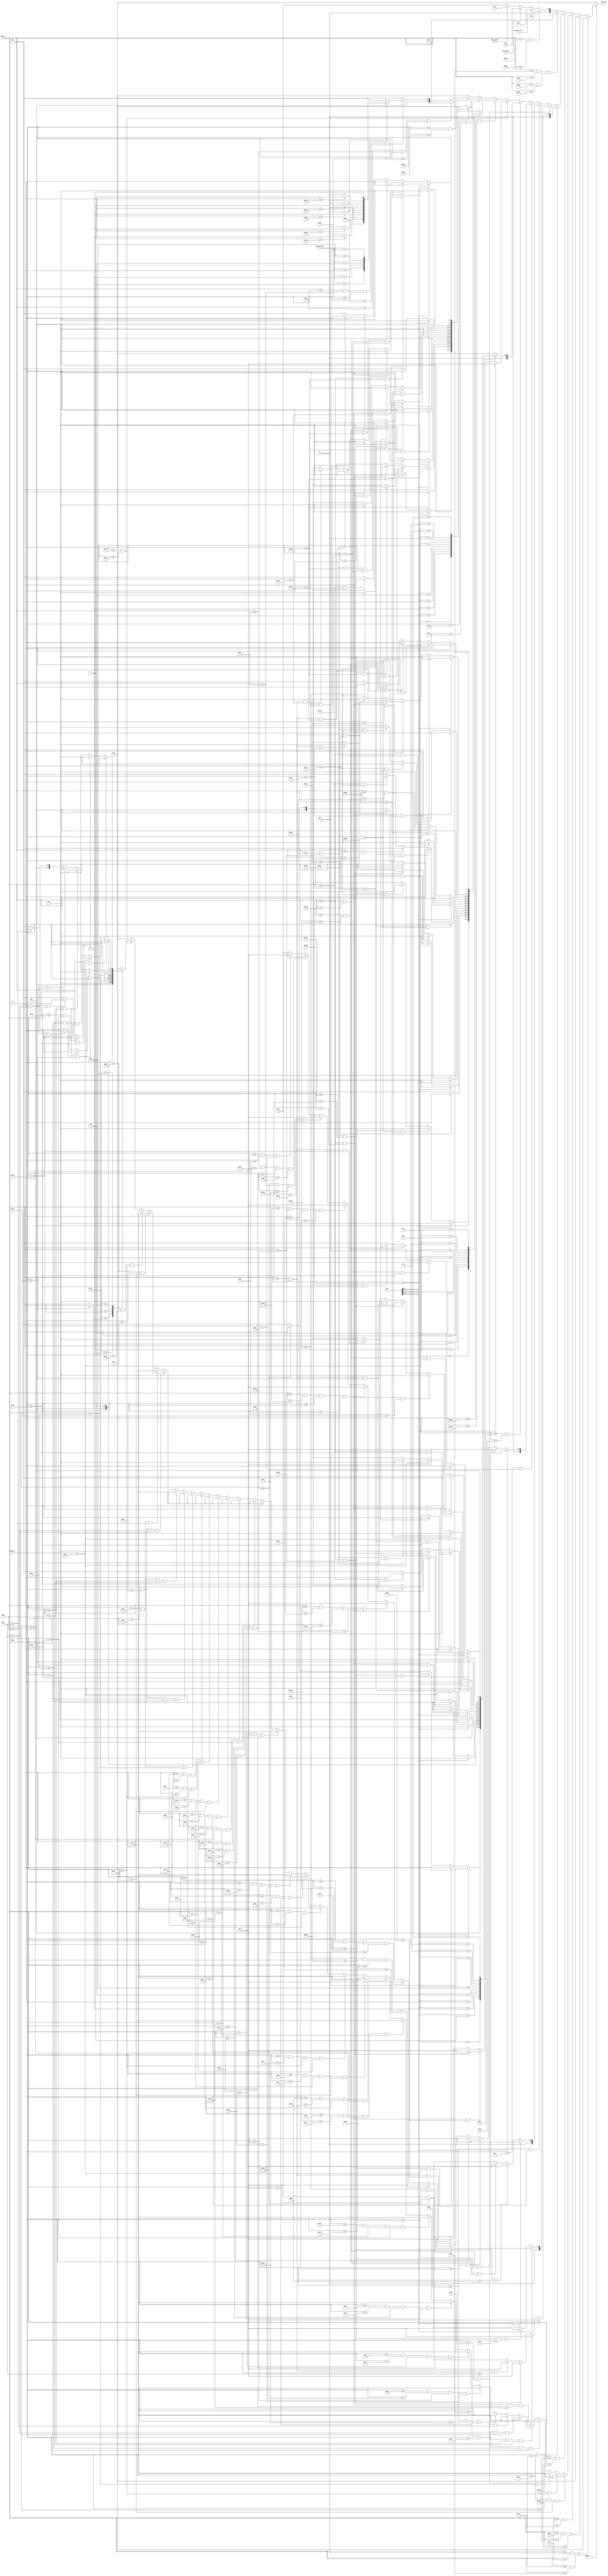
module vga_rgb_game(
    input video_on,
    input player_pixel,
    input shot_pixel,
    input ship_pixel,
    input [2:0] level,
    input [2:0] charge_count,
    input [11:0] score,
    input [10:0] pixel_x, pixel_y,
    output reg [4:0] vga_rgb
    );
            
    always @(*)
        begin
        if (video_on)
            begin
            if (pixel_y >= 0 && pixel_y < 10 || pixel_y >= 50 && pixel_y < 60)
                vga_rgb = 5'b00000;
            else if (pixel_y >= 708 && pixel_y < 718 || pixel_y >= 758)
                vga_rgb = 5'b00000;
            else if (pixel_y >= 10 && pixel_y < 50)
                begin
                if (pixel_x >= 20 && pixel_x < 30 && pixel_y < 42) // top of L
                    vga_rgb = 5'b01110;
                else if (pixel_x >= 20 && pixel_x < 50 && pixel_y >= 42) //bottom of L
                    vga_rgb = 5'b01110;
                else if (pixel_x >= 60 && pixel_x < 90 && pixel_y < 16) //1 of E
                    vga_rgb = 5'b01110;
                else if (pixel_x >= 60 && pixel_x < 70 && pixel_y >= 16 && pixel_y < 27) //2 of E
                    vga_rgb = 5'b01110;
                else if (pixel_x >= 60 && pixel_x < 90 && pixel_y >= 27 && pixel_y < 33) //3 of E
                    vga_rgb = 5'b01110;
                else if (pixel_x >= 60 && pixel_x < 70 && pixel_y >= 33 && pixel_y < 44) //4 of E
                    vga_rgb = 5'b01110;
                else if (pixel_x >= 60 && pixel_x < 90 && pixel_y >= 44) //5 of E
                    vga_rgb = 5'b01110;
                else if (pixel_x >= 100 && pixel_x < 108 && pixel_y < 14) //start of V
                    vga_rgb = 5'b01110;
                else if (pixel_x >= 101 && pixel_x < 109 && pixel_y >= 14 && pixel_y < 18)
                    vga_rgb = 5'b01110;
                else if (pixel_x >= 102 && pixel_x < 110 && pixel_y >= 18 && pixel_y < 22)
                    vga_rgb = 5'b01110;
                else if (pixel_x >= 103 && pixel_x < 111 && pixel_y >= 22 && pixel_y < 26)
                    vga_rgb = 5'b01110;
                else if (pixel_x >= 104 && pixel_x < 112 && pixel_y >= 26 && pixel_y < 30)
                    vga_rgb = 5'b01110;
                else if (pixel_x >= 105 && pixel_x < 113 && pixel_y >= 30 && pixel_y < 34)
                    vga_rgb = 5'b01110;
                else if (pixel_x >= 106 && pixel_x < 114 && pixel_y >= 34 && pixel_y < 38)
                    vga_rgb = 5'b01110;
                else if (pixel_x >= 107 && pixel_x < 115 && pixel_y >= 38 && pixel_y < 42)
                    vga_rgb = 5'b01110;
                else if (pixel_x >= 108 && pixel_x < 116 && pixel_y >= 42 && pixel_y < 46)
                    vga_rgb = 5'b01110;
                else if (pixel_x >= 109 && pixel_x < 117 && pixel_y >= 46)
                    vga_rgb = 5'b01110;
                else if (pixel_x >= 126 && pixel_x < 134 && pixel_y < 14) //middle of V
                    vga_rgb = 5'b01110;
                else if (pixel_x >= 125 && pixel_x < 133 && pixel_y >= 14 && pixel_y < 18)
                    vga_rgb = 5'b01110;
                else if (pixel_x >= 124 && pixel_x < 132 && pixel_y >= 18 && pixel_y < 22)
                    vga_rgb = 5'b01110;
                else if (pixel_x >= 123 && pixel_x < 131 && pixel_y >= 22 && pixel_y < 26)
                    vga_rgb = 5'b01110;
                else if (pixel_x >= 122 && pixel_x < 130 && pixel_y >= 26 && pixel_y < 30)
                    vga_rgb = 5'b01110;
                else if (pixel_x >= 121 && pixel_x < 129 && pixel_y >= 30 && pixel_y < 34)
                    vga_rgb = 5'b01110;
                else if (pixel_x >= 120 && pixel_x < 128 && pixel_y >= 34 && pixel_y < 38)
                    vga_rgb = 5'b01110;
                else if (pixel_x >= 119 && pixel_x < 127 && pixel_y >= 38 && pixel_y < 42)
                    vga_rgb = 5'b01110;
                else if (pixel_x >= 118 && pixel_x < 126 && pixel_y >= 42 && pixel_y < 46)
                    vga_rgb = 5'b01110;
                else if (pixel_x >= 117 && pixel_x < 125 && pixel_y >= 46) //end of V
                    vga_rgb = 5'b01110;
                else if (pixel_x >= 144 && pixel_x < 174 && pixel_y < 16) //1 of E
                    vga_rgb = 5'b01110;
                else if (pixel_x >= 144 && pixel_x < 154 && pixel_y >= 16 && pixel_y < 27) //2 of E
                    vga_rgb = 5'b01110;
                else if (pixel_x >= 144 && pixel_x < 174 && pixel_y >= 27 && pixel_y < 33) //3 of E
                    vga_rgb = 5'b01110;
                else if (pixel_x >= 144 && pixel_x < 154 && pixel_y >= 33 && pixel_y < 44) //4 of E
                    vga_rgb = 5'b01110;
                else if (pixel_x >= 144 && pixel_x < 174 && pixel_y >= 44) //5 of E
                    vga_rgb = 5'b01110;
                else if (pixel_x >= 184 && pixel_x < 194 && pixel_y < 42) // top of L
                    vga_rgb = 5'b01110;
                else if (pixel_x >= 184 && pixel_x < 214 && pixel_y >= 42) //bottom of L
                    vga_rgb = 5'b01110;
                else if (pixel_x >= 224 && pixel_x < 254)
                    case (level)
                        3'b001: begin
                                if (pixel_x >= 244)
                                    vga_rgb = 5'b00011;
                                else
                                    vga_rgb = 5'b00000;
                                end
                        3'b010: begin
                                if (pixel_y < 16)
                                    vga_rgb = 5'b00011;
                                else if (pixel_y >= 16 && pixel_y < 27 && pixel_x >= 244)
                                    vga_rgb = 5'b00011;
                                else if (pixel_y >= 27 && pixel_y < 33)
                                    vga_rgb = 5'b00011;
                                else if (pixel_y >= 33 && pixel_y < 44 && pixel_x < 234)
                                    vga_rgb = 5'b00011;
                                else if (pixel_y >= 44)
                                    vga_rgb = 5'b00011;       
                                else
                                    vga_rgb = 5'b00000;
                                end
                        3'b011: begin
                                if (pixel_y < 16)
                                    vga_rgb = 5'b00011;
                                else if (pixel_y >= 16 && pixel_y < 27 && pixel_x >= 244)
                                    vga_rgb = 5'b00011;
                                else if (pixel_y >= 27 && pixel_y < 33)
                                    vga_rgb = 5'b00011;
                                else if (pixel_y >= 33 && pixel_y < 44 && pixel_x >= 244)
                                    vga_rgb = 5'b00011;
                                else if (pixel_y >= 44)
                                    vga_rgb = 5'b00011;       
                                else
                                    vga_rgb = 5'b00000;
                                end
                        3'b100: begin
                                if (pixel_y < 24 && pixel_x < 232)
                                    vga_rgb = 5'b00011;
                                else if (pixel_y < 24 && pixel_x >= 246)
                                    vga_rgb = 5'b00011;
                                else if (pixel_y >= 24 && pixel_y < 30)
                                    vga_rgb = 5'b00011;
                                else if (pixel_y >= 30 && pixel_x >= 246)
                                    vga_rgb = 5'b00011;
                                else
                                    vga_rgb = 5'b00000;
                                end
                        3'b101: begin
                                if (pixel_y < 16)
                                    vga_rgb = 5'b00011;
                                else if (pixel_y >= 16 && pixel_y < 27 && pixel_x < 234)
                                    vga_rgb = 5'b00011;
                                else if (pixel_y >= 27 && pixel_y < 33)
                                    vga_rgb = 5'b00011;
                                else if (pixel_y >= 33 && pixel_y < 44 && pixel_x >= 244)
                                    vga_rgb = 5'b00011;
                                else if (pixel_y >= 44)
                                    vga_rgb = 5'b00011;       
                                else
                                    vga_rgb = 5'b00000;
                                end
                        default: vga_rgb = 5'b00000;
                    endcase
                else
                    vga_rgb = 5'b00000;
                end
            else if (pixel_y >= 718 && pixel_y < 758)
                begin
                if (pixel_x >= 20 && pixel_x < 50) //letter S
                    begin
                    if (pixel_y < 724)
                        vga_rgb = 5'b01110;
                    else if (pixel_y >= 724 && pixel_y < 735 && pixel_x < 26)
                        vga_rgb = 5'b01110;
                    else if (pixel_y >= 735 && pixel_y < 741)
                        vga_rgb = 5'b01110;
                    else if (pixel_y >= 741 && pixel_y < 752 && pixel_x >= 44)
                        vga_rgb = 5'b01110;
                    else if (pixel_y >= 752)
                        vga_rgb = 5'b01110;       
                    else
                        vga_rgb = 5'b00000;
                    end
                else if (pixel_x >= 60 && pixel_x < 90) //letter C
                    begin
                    if (pixel_y < 724)
                        vga_rgb = 5'b01110;
                    else if (pixel_y >= 724 && pixel_y < 752 && pixel_x < 66)
                        vga_rgb = 5'b01110;
                    else if (pixel_y >= 752)
                        vga_rgb = 5'b01110;       
                    else
                        vga_rgb = 5'b00000;
                    end
                else if (pixel_x >= 100 && pixel_x < 130) //letter O
                    begin
                    if (pixel_y < 724)
                        vga_rgb = 5'b01110;
                    else if (pixel_y >= 724 && pixel_y < 752 && pixel_x < 106)
                        vga_rgb = 5'b01110;
                    else if (pixel_y >= 724 && pixel_y < 752 && pixel_x >= 124)
                        vga_rgb = 5'b01110;
                    else if (pixel_y >= 752)
                        vga_rgb = 5'b01110;       
                    else
                        vga_rgb = 5'b00000;
                    end
                else if (pixel_x >= 140 && pixel_x < 170) //letter R
                    begin
                    if (pixel_y < 724)
                        vga_rgb = 5'b01110;
                    else if (pixel_y >= 724 && pixel_y < 734 && pixel_x < 146)
                        vga_rgb = 5'b01110;
                    else if (pixel_y >= 724 && pixel_y < 734 && pixel_x >= 164)
                        vga_rgb = 5'b01110;
                    else if (pixel_y >= 734 && pixel_y < 740)
                        vga_rgb = 5'b01110;       
                    else if (pixel_y >= 740 && pixel_x < 146)
                        vga_rgb = 5'b01110;
                    else if (pixel_y >= 740 && pixel_y < 744 && pixel_x >= 146 && pixel_x < 156)
                        vga_rgb = 5'b01110;
                    else if (pixel_y >= 744 && pixel_y < 746 && pixel_x >= 150 && pixel_x < 158)
                        vga_rgb = 5'b01110;
                    else if (pixel_y >= 746 && pixel_y < 748 && pixel_x >= 152 && pixel_x < 160)
                        vga_rgb = 5'b01110;
                    else if (pixel_y >= 748 && pixel_y < 750 && pixel_x >= 154 && pixel_x < 162)
                        vga_rgb = 5'b01110;
                    else if (pixel_y >= 750 && pixel_y < 752 && pixel_x >= 156 && pixel_x < 164)
                        vga_rgb = 5'b01110;
                    else if (pixel_y >= 752 && pixel_y < 754 && pixel_x >= 158 && pixel_x < 166)
                        vga_rgb = 5'b01110;
                    else if (pixel_y >= 754 && pixel_y < 756 && pixel_x >= 160 && pixel_x < 168)
                        vga_rgb = 5'b01110;
                    else if (pixel_y >= 756 && pixel_x >= 162 && pixel_x < 170)
                        vga_rgb = 5'b01110;
                    else
                        vga_rgb = 5'b00000;
                    end
                else if (pixel_x >= 180 && pixel_x < 210) //letter E
                    begin
                    if (pixel_y < 724)
                        vga_rgb = 5'b01110;
                    else if (pixel_y >= 724 && pixel_y < 735 && pixel_x < 186)
                        vga_rgb = 5'b01110;
                    else if (pixel_y >= 735 && pixel_y < 741)
                        vga_rgb = 5'b01110;
                    else if (pixel_y >= 741 && pixel_y < 752 && pixel_x < 186)
                        vga_rgb = 5'b01110;
                    else if (pixel_y >= 752)
                        vga_rgb = 5'b01110;       
                    else
                        vga_rgb = 5'b00000;
                    end
                else if (pixel_x >= 224 && pixel_x < 254)
                    case (score[11:8])
                        4'b0000: begin
                                if (pixel_y < 724)
                                    vga_rgb = 5'b00011;
                                else if (pixel_y >= 724 && pixel_y < 752 && pixel_x < 232)
                                    vga_rgb = 5'b00011;
                                else if (pixel_y >= 724 && pixel_y < 752 && pixel_x >= 246)
                                    vga_rgb = 5'b00011;
                                else if (pixel_y >= 752)
                                    vga_rgb = 5'b00011;
                                else
                                    vga_rgb = 5'b00000;
                                end
                        4'b0001: begin
                                if (pixel_x >= 244)
                                    vga_rgb = 5'b00011;
                                else
                                    vga_rgb = 5'b00000;
                                end
                        4'b0010: begin
                                if (pixel_y < 724)
                                    vga_rgb = 5'b00011;
                                else if (pixel_y >= 724 && pixel_y < 735 && pixel_x >= 244)
                                    vga_rgb = 5'b00011;
                                else if (pixel_y >= 735 && pixel_y < 741)
                                    vga_rgb = 5'b00011;
                                else if (pixel_y >= 741 && pixel_y < 752 && pixel_x < 234)
                                    vga_rgb = 5'b00011;
                                else if (pixel_y >= 752)
                                    vga_rgb = 5'b00011;       
                                else
                                    vga_rgb = 5'b00000;
                                end
                        4'b0011: begin
                                if (pixel_y < 724)
                                    vga_rgb = 5'b00011;
                                else if (pixel_y >= 724 && pixel_y < 735 && pixel_x >= 244)
                                    vga_rgb = 5'b00011;
                                else if (pixel_y >= 735 && pixel_y < 741)
                                    vga_rgb = 5'b00011;
                                else if (pixel_y >= 741 && pixel_y < 752 && pixel_x >= 244)
                                    vga_rgb = 5'b00011;
                                else if (pixel_y >= 752)
                                    vga_rgb = 5'b00011;       
                                else
                                    vga_rgb = 5'b00000;
                                end
                        4'b0100: begin
                                if (pixel_y < 732 && pixel_x < 232)
                                    vga_rgb = 5'b00011;
                                else if (pixel_y < 732 && pixel_x >= 246)
                                    vga_rgb = 5'b00011;
                                else if (pixel_y >= 732 && pixel_y < 738)
                                    vga_rgb = 5'b00011;
                                else if (pixel_y >= 738 && pixel_x >= 246)
                                    vga_rgb = 5'b00011;
                                else
                                    vga_rgb = 5'b00000;
                                end
                        4'b0101: begin
                                if (pixel_y < 724)
                                    vga_rgb = 5'b00011;
                                else if (pixel_y >= 724 && pixel_y < 735 && pixel_x < 234)
                                    vga_rgb = 5'b00011;
                                else if (pixel_y >= 735 && pixel_y < 741)
                                    vga_rgb = 5'b00011;
                                else if (pixel_y >= 741 && pixel_y < 752 && pixel_x >= 244)
                                    vga_rgb = 5'b00011;
                                else if (pixel_y >= 752)
                                    vga_rgb = 5'b00011;       
                                else
                                    vga_rgb = 5'b00000;
                                end
                        4'b0110: begin
                                if (pixel_y < 736 && pixel_x < 232)
                                    vga_rgb = 5'b00011;
                                else if (pixel_y >= 736 && pixel_y < 742)
                                    vga_rgb = 5'b00011;
                                else if (pixel_y >= 742 && pixel_y < 752 && pixel_x < 232)
                                    vga_rgb = 5'b00011;
                                else if (pixel_y >= 742 && pixel_y < 752 && pixel_x >= 246)
                                    vga_rgb = 5'b00011;
                                else if (pixel_y >= 752)
                                    vga_rgb = 5'b00011;
                                else
                                    vga_rgb = 5'b00000;
                                end
                        4'b0111: begin
                                 if (pixel_y < 724)
                                    vga_rgb = 5'b00011;
                                 else if (pixel_y >= 724 && pixel_x >= 246)
                                    vga_rgb = 5'b00011;
                                 else
                                    vga_rgb = 5'b00000;
                                 end
                        4'b1000: begin
                                if (pixel_y < 724)
                                    vga_rgb = 5'b00011;
                                else if (pixel_y >= 724 && pixel_y < 735 && pixel_x < 234)
                                    vga_rgb = 5'b00011;
                                else if (pixel_y >= 724 && pixel_y < 735 && pixel_x > 244)
                                    vga_rgb = 5'b00011;
                                else if (pixel_y >= 735 && pixel_y < 741)
                                    vga_rgb = 5'b00011;
                                else if (pixel_y >= 741 && pixel_y < 752 && pixel_x >= 244)
                                    vga_rgb = 5'b00011;
                                else if (pixel_y >= 741 && pixel_y < 752 && pixel_x < 234)
                                    vga_rgb = 5'b00011;
                                else if (pixel_y >= 752)
                                    vga_rgb = 5'b00011;       
                                else
                                    vga_rgb = 5'b00000;
                                end
                        4'b1001: begin
                                if (pixel_y < 724)
                                    vga_rgb = 5'b00011;
                                else if (pixel_y >= 724 && pixel_y < 734 && pixel_x < 232)
                                    vga_rgb = 5'b00011;
                                else if (pixel_y >= 724 && pixel_y < 734 && pixel_x >= 246)
                                    vga_rgb = 5'b00011;
                                else if (pixel_y >= 734 && pixel_y < 740)
                                    vga_rgb = 5'b00011;
                                else if (pixel_y >= 740 && pixel_x >= 246)
                                    vga_rgb = 5'b00011;
                                else
                                    vga_rgb = 5'b00000;
                                end
                        default: vga_rgb = 5'b00000;
                    endcase
                else if (pixel_x >= 264 && pixel_x < 294)
                    case (score[7:4])
                        4'b0000: begin
                                if (pixel_y < 724)
                                    vga_rgb = 5'b00011;
                                else if (pixel_y >= 724 && pixel_y < 752 && pixel_x < 272)
                                    vga_rgb = 5'b00011;
                                else if (pixel_y >= 724 && pixel_y < 752 && pixel_x >= 286)
                                    vga_rgb = 5'b00011;
                                else if (pixel_y >= 752)
                                    vga_rgb = 5'b00011;
                                else
                                    vga_rgb = 5'b00000;
                                end
                        4'b0001: begin
                                if (pixel_x >= 284)
                                    vga_rgb = 5'b00011;
                                else
                                    vga_rgb = 5'b00000;
                                end
                        4'b0010: begin
                                if (pixel_y < 724)
                                    vga_rgb = 5'b00011;
                                else if (pixel_y >= 724 && pixel_y < 735 && pixel_x >= 284)
                                    vga_rgb = 5'b00011;
                                else if (pixel_y >= 735 && pixel_y < 741)
                                    vga_rgb = 5'b00011;
                                else if (pixel_y >= 741 && pixel_y < 752 && pixel_x < 274)
                                    vga_rgb = 5'b00011;
                                else if (pixel_y >= 752)
                                    vga_rgb = 5'b00011;       
                                else
                                    vga_rgb = 5'b00000;
                                end
                        4'b0011: begin
                                if (pixel_y < 724)
                                    vga_rgb = 5'b00011;
                                else if (pixel_y >= 724 && pixel_y < 735 && pixel_x >= 284)
                                    vga_rgb = 5'b00011;
                                else if (pixel_y >= 735 && pixel_y < 741)
                                    vga_rgb = 5'b00011;
                                else if (pixel_y >= 741 && pixel_y < 752 && pixel_x >= 284)
                                    vga_rgb = 5'b00011;
                                else if (pixel_y >= 752)
                                    vga_rgb = 5'b00011;       
                                else
                                    vga_rgb = 5'b00000;
                                end
                        4'b0100: begin
                                if (pixel_y < 732 && pixel_x < 272)
                                    vga_rgb = 5'b00011;
                                else if (pixel_y < 732 && pixel_x >= 286)
                                    vga_rgb = 5'b00011;
                                else if (pixel_y >= 732 && pixel_y < 738)
                                    vga_rgb = 5'b00011;
                                else if (pixel_y >= 738 && pixel_x >= 286)
                                    vga_rgb = 5'b00011;
                                else
                                    vga_rgb = 5'b00000;
                                end
                        4'b0101: begin
                                if (pixel_y < 724)
                                    vga_rgb = 5'b00011;
                                else if (pixel_y >= 724 && pixel_y < 735 && pixel_x < 274)
                                    vga_rgb = 5'b00011;
                                else if (pixel_y >= 735 && pixel_y < 741)
                                    vga_rgb = 5'b00011;
                                else if (pixel_y >= 741 && pixel_y < 752 && pixel_x >= 284)
                                    vga_rgb = 5'b00011;
                                else if (pixel_y >= 752)
                                    vga_rgb = 5'b00011;       
                                else
                                    vga_rgb = 5'b00000;
                                end
                        4'b0110: begin
                                if (pixel_y < 736 && pixel_x < 272)
                                    vga_rgb = 5'b00011;
                                else if (pixel_y >= 736 && pixel_y < 742)
                                    vga_rgb = 5'b00011;
                                else if (pixel_y >= 742 && pixel_y < 752 && pixel_x < 272)
                                    vga_rgb = 5'b00011;
                                else if (pixel_y >= 742 && pixel_y < 752 && pixel_x >= 286)
                                    vga_rgb = 5'b00011;
                                else if (pixel_y >= 752)
                                    vga_rgb = 5'b00011;
                                else
                                    vga_rgb = 5'b00000;
                                end
                        4'b0111: begin
                                 if (pixel_y < 724)
                                    vga_rgb = 5'b00011;
                                 else if (pixel_y >= 724 && pixel_x >= 286)
                                    vga_rgb = 5'b00011;
                                 else
                                    vga_rgb = 5'b00000;
                                 end
                        4'b1000: begin
                                if (pixel_y < 724)
                                    vga_rgb = 5'b00011;
                                else if (pixel_y >= 724 && pixel_y < 735 && pixel_x < 274)
                                    vga_rgb = 5'b00011;
                                else if (pixel_y >= 724 && pixel_y < 735 && pixel_x > 284)
                                    vga_rgb = 5'b00011;
                                else if (pixel_y >= 735 && pixel_y < 741)
                                    vga_rgb = 5'b00011;
                                else if (pixel_y >= 741 && pixel_y < 752 && pixel_x >= 284)
                                    vga_rgb = 5'b00011;
                                else if (pixel_y >= 741 && pixel_y < 752 && pixel_x < 274)
                                    vga_rgb = 5'b00011;
                                else if (pixel_y >= 752)
                                    vga_rgb = 5'b00011;       
                                else
                                    vga_rgb = 5'b00000;
                                end
                        4'b1001: begin
                                if (pixel_y < 724)
                                    vga_rgb = 5'b00011;
                                else if (pixel_y >= 724 && pixel_y < 734 && pixel_x < 272)
                                    vga_rgb = 5'b00011;
                                else if (pixel_y >= 724 && pixel_y < 734 && pixel_x >= 286)
                                    vga_rgb = 5'b00011;
                                else if (pixel_y >= 734 && pixel_y < 740)
                                    vga_rgb = 5'b00011;
                                else if (pixel_y >= 740 && pixel_x >= 286)
                                    vga_rgb = 5'b00011;
                                else
                                    vga_rgb = 5'b00000;
                                end
                        default: vga_rgb = 5'b00000;
                    endcase
                else if (pixel_x >= 304 && pixel_x < 334)
                    case (score[3:0])
                        4'b0000: begin
                                if (pixel_y < 724)
                                    vga_rgb = 5'b00011;
                                else if (pixel_y >= 724 && pixel_y < 752 && pixel_x < 312)
                                    vga_rgb = 5'b00011;
                                else if (pixel_y >= 724 && pixel_y < 752 && pixel_x >= 326)
                                    vga_rgb = 5'b00011;
                                else if (pixel_y >= 752)
                                    vga_rgb = 5'b00011;
                                else
                                    vga_rgb = 5'b00000;
                                end
                        4'b0001: begin
                                if (pixel_x >= 324)
                                    vga_rgb = 5'b00011;
                                else
                                    vga_rgb = 5'b00000;
                                end
                        4'b0010: begin
                                if (pixel_y < 724)
                                    vga_rgb = 5'b00011;
                                else if (pixel_y >= 724 && pixel_y < 735 && pixel_x >= 324)
                                    vga_rgb = 5'b00011;
                                else if (pixel_y >= 735 && pixel_y < 741)
                                    vga_rgb = 5'b00011;
                                else if (pixel_y >= 741 && pixel_y < 752 && pixel_x < 314)
                                    vga_rgb = 5'b00011;
                                else if (pixel_y >= 752)
                                    vga_rgb = 5'b00011;       
                                else
                                    vga_rgb = 5'b00000;
                                end
                        4'b0011: begin
                                if (pixel_y < 724)
                                    vga_rgb = 5'b00011;
                                else if (pixel_y >= 724 && pixel_y < 735 && pixel_x >= 324)
                                    vga_rgb = 5'b00011;
                                else if (pixel_y >= 735 && pixel_y < 741)
                                    vga_rgb = 5'b00011;
                                else if (pixel_y >= 741 && pixel_y < 752 && pixel_x >= 324)
                                    vga_rgb = 5'b00011;
                                else if (pixel_y >= 752)
                                    vga_rgb = 5'b00011;       
                                else
                                    vga_rgb = 5'b00000;
                                end
                        4'b0100: begin
                                if (pixel_y < 732 && pixel_x < 312)
                                    vga_rgb = 5'b00011;
                                else if (pixel_y < 732 && pixel_x >= 326)
                                    vga_rgb = 5'b00011;
                                else if (pixel_y >= 732 && pixel_y < 738)
                                    vga_rgb = 5'b00011;
                                else if (pixel_y >= 738 && pixel_x >= 326)
                                    vga_rgb = 5'b00011;
                                else
                                    vga_rgb = 5'b00000;
                                end
                        4'b0101: begin
                                if (pixel_y < 724)
                                    vga_rgb = 5'b00011;
                                else if (pixel_y >= 724 && pixel_y < 735 && pixel_x < 314)
                                    vga_rgb = 5'b00011;
                                else if (pixel_y >= 735 && pixel_y < 741)
                                    vga_rgb = 5'b00011;
                                else if (pixel_y >= 741 && pixel_y < 752 && pixel_x >= 324)
                                    vga_rgb = 5'b00011;
                                else if (pixel_y >= 752)
                                    vga_rgb = 5'b00011;       
                                else
                                    vga_rgb = 5'b00000;
                                end
                        4'b0110: begin
                                if (pixel_y < 736 && pixel_x < 312)
                                    vga_rgb = 5'b00011;
                                else if (pixel_y >= 736 && pixel_y < 742)
                                    vga_rgb = 5'b00011;
                                else if (pixel_y >= 742 && pixel_y < 752 && pixel_x < 312)
                                    vga_rgb = 5'b00011;
                                else if (pixel_y >= 742 && pixel_y < 752 && pixel_x >= 326)
                                    vga_rgb = 5'b00011;
                                else if (pixel_y >= 752)
                                    vga_rgb = 5'b00011;
                                else
                                    vga_rgb = 5'b00000;
                                end
                        4'b0111: begin
                                 if (pixel_y < 724)
                                    vga_rgb = 5'b00011;
                                 else if (pixel_y >= 724 && pixel_x >= 326)
                                    vga_rgb = 5'b00011;
                                 else
                                    vga_rgb = 5'b00000;
                                 end
                        4'b1000: begin
                                if (pixel_y < 724)
                                    vga_rgb = 5'b00011;
                                else if (pixel_y >= 724 && pixel_y < 735 && pixel_x < 314)
                                    vga_rgb = 5'b00011;
                                else if (pixel_y >= 724 && pixel_y < 735 && pixel_x > 324)
                                    vga_rgb = 5'b00011;
                                else if (pixel_y >= 735 && pixel_y < 741)
                                    vga_rgb = 5'b00011;
                                else if (pixel_y >= 741 && pixel_y < 752 && pixel_x >= 324)
                                    vga_rgb = 5'b00011;
                                else if (pixel_y >= 741 && pixel_y < 752 && pixel_x < 314)
                                    vga_rgb = 5'b00011;
                                else if (pixel_y >= 752)
                                    vga_rgb = 5'b00011;       
                                else
                                    vga_rgb = 5'b00000;
                                end
                        4'b1001: begin
                                if (pixel_y < 724)
                                    vga_rgb = 5'b00011;
                                else if (pixel_y >= 724 && pixel_y < 734 && pixel_x < 312)
                                    vga_rgb = 5'b00011;
                                else if (pixel_y >= 724 && pixel_y < 734 && pixel_x >= 326)
                                    vga_rgb = 5'b00011;
                                else if (pixel_y >= 734 && pixel_y < 740)
                                    vga_rgb = 5'b00011;
                                else if (pixel_y >= 740 && pixel_x >= 326)
                                    vga_rgb = 5'b00011;
                                else
                                    vga_rgb = 5'b00000;
                                end
                        default: vga_rgb = 5'b00000;
                    endcase
                else if (pixel_x < 984 && pixel_x >= 856)
                    begin
                    if (pixel_y < 722 || pixel_y >= 754 || pixel_x < 860 || pixel_x >= 980)
                        vga_rgb = 5'b11111;
                    else if (pixel_y >= 722 && pixel_y < 754 && pixel_x >=860 && pixel_x < 980)
                        case (charge_count)
                            3'b000: vga_rgb = 5'b00000;
                            3'b001: begin
                                    if (pixel_x < 880)
                                        vga_rgb = 5'b00001;
                                    else
                                        vga_rgb = 5'b00000;
                                    end
                            3'b010: begin
                                    if (pixel_x < 900)
                                        vga_rgb = 5'b00001;
                                    else
                                        vga_rgb = 5'b00000;
                                    end
                            3'b011: begin
                                    if (pixel_x < 920)
                                        vga_rgb = 5'b00001;
                                    else
                                        vga_rgb = 5'b00000;
                                    end
                            3'b100: begin
                                    if (pixel_x < 940)
                                        vga_rgb = 5'b00001;
                                    else
                                        vga_rgb = 5'b00000;
                                    end
                            3'b101: begin
                                    if (pixel_x < 960)
                                        vga_rgb = 5'b00001;
                                    else
                                        vga_rgb = 5'b00000;
                                    end
                            3'b110: begin
                                    vga_rgb = 5'b00010;
                                    end
                            default: vga_rgb = 5'b00000;
                        endcase
                    else
                        vga_rgb = 5'b00000;
                    end
                else
                    vga_rgb = 5'b00000;
                end
            else if (pixel_y >= 60 && pixel_y < 64 || pixel_y > 703 && pixel_y <= 707)
                vga_rgb = 5'b11111;
            else if (pixel_y > 589 && pixel_y <= 593)
                vga_rgb = 5'b00010;
            else if (player_pixel)
                vga_rgb = 5'b01111;
            else if (shot_pixel)
                vga_rgb = 5'b00001;
            else if (ship_pixel)
                vga_rgb = 5'b01100;
            else
                vga_rgb = 5'b00000;
            end
        else
            vga_rgb = 5'b00000;
        end

/*
    //vga test - color bars
    always @(*)
        begin
        if (video_on)
            begin
            if (pixel_x < 256)
                vga_rgb = 5'b01111;
            else if (pixel_x >= 256 && pixel_x < 512)
                vga_rgb = 5'b01110;
            else if (pixel_x >= 512 && pixel_x < 768)
                vga_rgb = 5'b01000;
            else
                vga_rgb = 5'b01100;
            end
        else
            begin
            vga_rgb = 5'b00000;
            end
        end */
endmodule